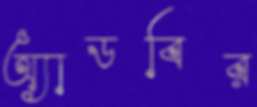
অ্যাডবির